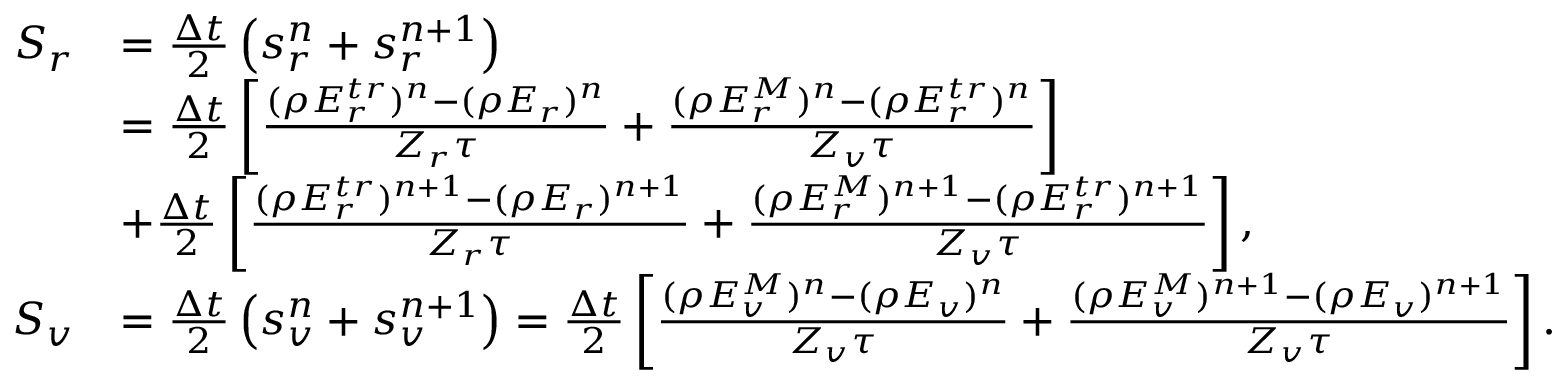
\begin{array} { r l } { S _ { r } } & { = \frac { \Delta t } { 2 } \left( s _ { r } ^ { n } + s _ { r } ^ { n + 1 } \right) } \\ & { = \frac { \Delta t } { 2 } \left[ \frac { ( \rho E _ { r } ^ { t r } ) ^ { n } - ( \rho { E _ { r } } ) ^ { n } } { Z _ { r } \tau } + \frac { ( \rho E _ { r } ^ { M } ) ^ { n } - ( \rho E _ { r } ^ { t r } ) ^ { n } } { Z _ { v } \tau } \right] } \\ & { + \frac { \Delta t } { 2 } \left[ \frac { ( \rho E _ { r } ^ { t r } ) ^ { n + 1 } - ( \rho { E _ { r } } ) ^ { n + 1 } } { Z _ { r } \tau } + \frac { ( \rho E _ { r } ^ { M } ) ^ { n + 1 } - ( \rho E _ { r } ^ { t r } ) ^ { n + 1 } } { Z _ { v } \tau } \right] , } \\ { S _ { v } } & { = \frac { \Delta t } { 2 } \left( s _ { v } ^ { n } + s _ { v } ^ { n + 1 } \right) = \frac { \Delta t } { 2 } \left[ \frac { ( \rho E _ { v } ^ { M } ) ^ { n } - ( \rho E _ { v } ) ^ { n } } { Z _ { v } \tau } + \frac { ( \rho E _ { v } ^ { M } ) ^ { n + 1 } - ( \rho E _ { v } ) ^ { n + 1 } } { Z _ { v } \tau } \right] . } \end{array}